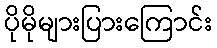
ပိုမိုများပြားကြောင်း